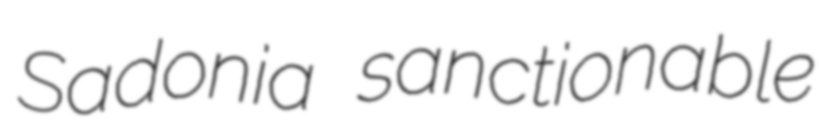
Sadonia sanctionable